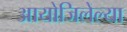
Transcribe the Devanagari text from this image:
आयोजिलेल्या